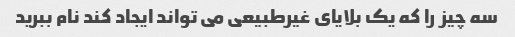
سه چیز را که یک بلایای غیرطبیعی می تواند ایجاد کند نام ببرید